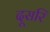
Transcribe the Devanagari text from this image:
दूसरि